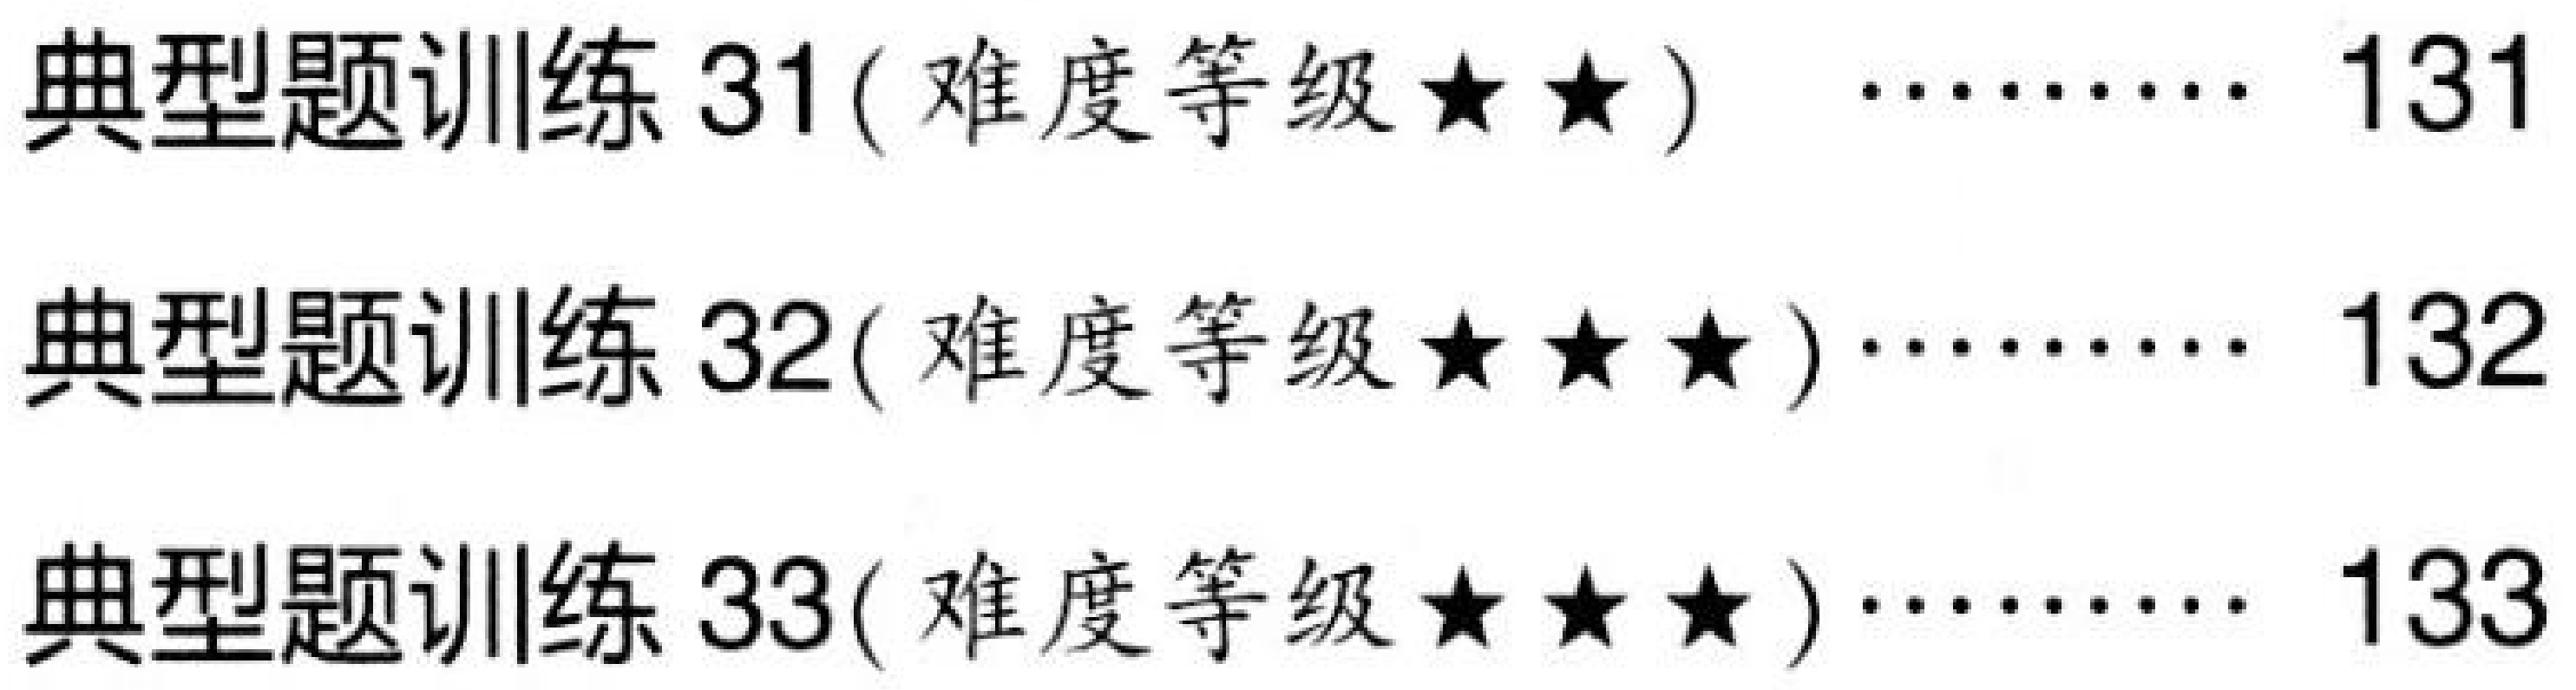
典型题训练 31( 难度等级$\star\star$) ......... 131
典型题训练 32( 难度等级$\star\star\star$)......... 132
典型题训练 33( 难度等级$\star\star\star$)......... 133